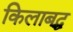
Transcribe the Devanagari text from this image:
किलाबद्ध